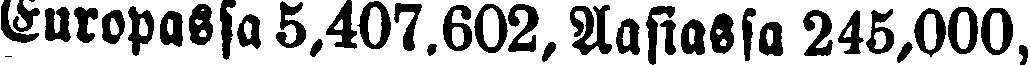
Europassa 5,407.602, Aasiassa 245,000,